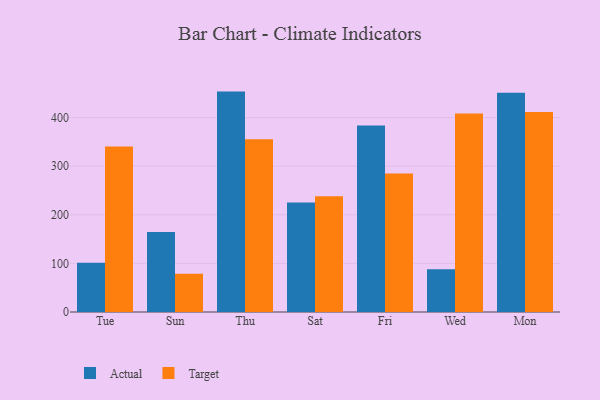
{"axis": {"x": "Day", "y": "Demand Index"}, "legend": ["Actual", "Target"], "data": [{"x": "Tue", "y": 101.3, "type": "Actual"}, {"x": "Tue", "y": 340.3, "type": "Target"}, {"x": "Sun", "y": 164.4, "type": "Actual"}, {"x": "Sun", "y": 78.6, "type": "Target"}, {"x": "Thu", "y": 453.3, "type": "Actual"}, {"x": "Thu", "y": 355.1, "type": "Target"}, {"x": "Sat", "y": 225.0, "type": "Actual"}, {"x": "Sat", "y": 238.1, "type": "Target"}, {"x": "Fri", "y": 383.7, "type": "Actual"}, {"x": "Fri", "y": 284.7, "type": "Target"}, {"x": "Wed", "y": 88.0, "type": "Actual"}, {"x": "Wed", "y": 408.4, "type": "Target"}, {"x": "Mon", "y": 451.1, "type": "Actual"}, {"x": "Mon", "y": 411.3, "type": "Target"}]}